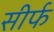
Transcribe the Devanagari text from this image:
सीर्फ